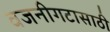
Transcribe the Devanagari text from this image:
वजनीगटासाठी